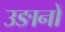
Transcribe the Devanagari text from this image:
उङानों